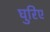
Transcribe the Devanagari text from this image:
घुरिए